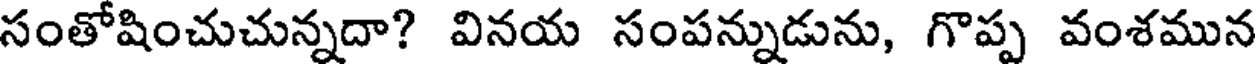
సంతోషించుచున్నదా? వినయ సంపన్నుడును, గొప్ప వంశమున